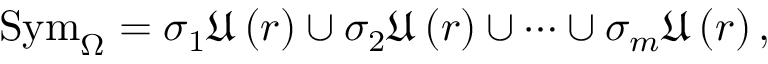
\mathrm { S y m } _ { \Omega } = \sigma _ { 1 } \mathfrak { U } \left( r \right) \cup \sigma _ { 2 } \mathfrak { U } \left( r \right) \cup \cdots \cup \sigma _ { m } \mathfrak { U } \left( r \right) ,